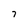
Character: 7